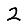
Digit: 2